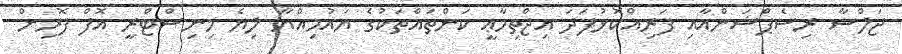
ޖަލްސާ ރިސެޕްޝަންއާއި ފަރިއްކޮޅުފަދަ އިޖްތިމާޢީ ކަންތައްތަކުގެ ޔައުމިއްޔާ ލިޔެ މިނިސްޓްރީ އޮފް ފޮރިން